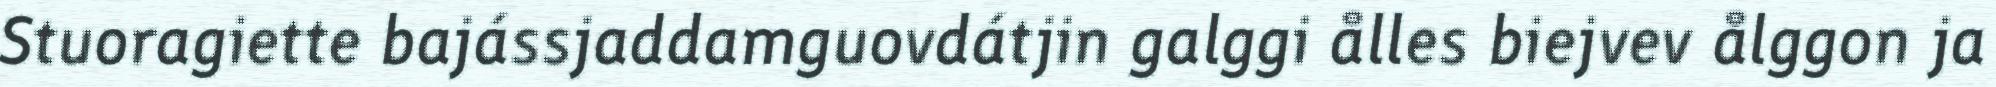
Stuoragiette bajássjaddamguovdátjin galggi ålles biejvev ålggon ja